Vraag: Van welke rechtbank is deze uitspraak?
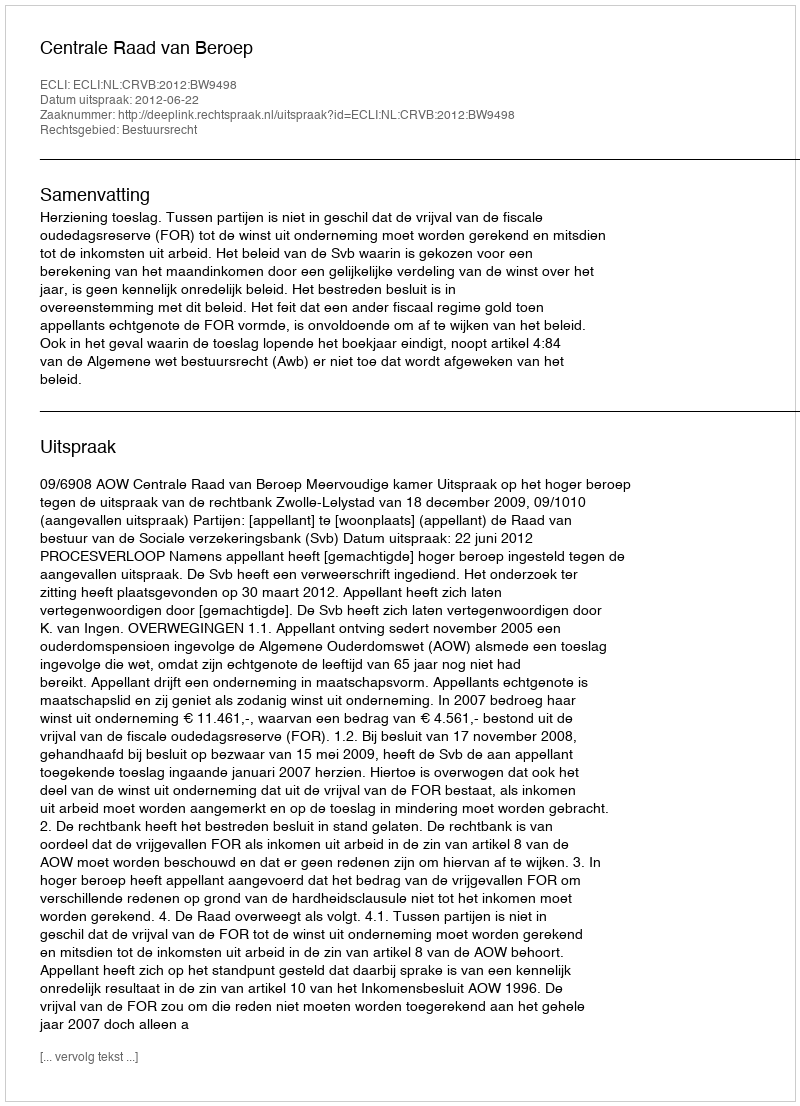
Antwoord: Centrale Raad van Beroep